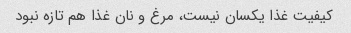
کیفیت غذا یکسان نیست، مرغ و نان غذا هم تازه نبود